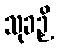
သုခဉှိ